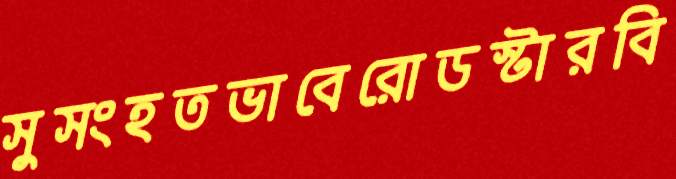
সুসংহতভাবেরোডস্টারবি